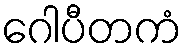
ဂေါပီတကံ